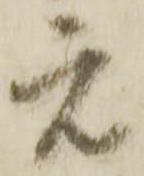
元